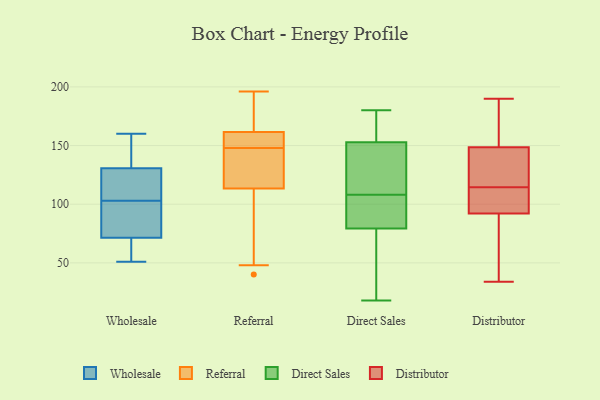
{"axis": {"x": "Waste Production (Tons)", "y": "Value"}, "legend": ["Direct Sales", "Distributor", "Referral", "Wholesale"], "data": [{"x": "", "y": 51, "type": "Wholesale"}, {"x": "", "y": 103, "type": "Wholesale"}, {"x": "", "y": 93, "type": "Wholesale"}, {"x": "", "y": 109, "type": "Wholesale"}, {"x": "", "y": 113, "type": "Wholesale"}, {"x": "", "y": 144, "type": "Wholesale"}, {"x": "", "y": 91, "type": "Wholesale"}, {"x": "", "y": 97, "type": "Wholesale"}, {"x": "", "y": 65, "type": "Wholesale"}, {"x": "", "y": 132, "type": "Wholesale"}, {"x": "", "y": 157, "type": "Wholesale"}, {"x": "", "y": 117, "type": "Wholesale"}, {"x": "", "y": 127, "type": "Wholesale"}, {"x": "", "y": 91, "type": "Wholesale"}, {"x": "", "y": 62, "type": "Wholesale"}, {"x": "", "y": 160, "type": "Wholesale"}, {"x": "", "y": 155, "type": "Wholesale"}, {"x": "", "y": 54, "type": "Wholesale"}, {"x": "", "y": 59, "type": "Wholesale"}, {"x": "", "y": 126, "type": "Referral"}, {"x": "", "y": 40, "type": "Referral"}, {"x": "", "y": 160, "type": "Referral"}, {"x": "", "y": 164, "type": "Referral"}, {"x": "", "y": 154, "type": "Referral"}, {"x": "", "y": 48, "type": "Referral"}, {"x": "", "y": 187, "type": "Referral"}, {"x": "", "y": 137, "type": "Referral"}, {"x": "", "y": 57, "type": "Referral"}, {"x": "", "y": 115, "type": "Referral"}, {"x": "", "y": 151, "type": "Referral"}, {"x": "", "y": 154, "type": "Referral"}, {"x": "", "y": 163, "type": "Referral"}, {"x": "", "y": 112, "type": "Referral"}, {"x": "", "y": 189, "type": "Referral"}, {"x": "", "y": 122, "type": "Referral"}, {"x": "", "y": 95, "type": "Referral"}, {"x": "", "y": 145, "type": "Referral"}, {"x": "", "y": 196, "type": "Referral"}, {"x": "", "y": 159, "type": "Referral"}, {"x": "", "y": 171, "type": "Direct Sales"}, {"x": "", "y": 108, "type": "Direct Sales"}, {"x": "", "y": 82, "type": "Direct Sales"}, {"x": "", "y": 89, "type": "Direct Sales"}, {"x": "", "y": 146, "type": "Direct Sales"}, {"x": "", "y": 150, "type": "Direct Sales"}, {"x": "", "y": 18, "type": "Direct Sales"}, {"x": "", "y": 180, "type": "Direct Sales"}, {"x": "", "y": 92, "type": "Direct Sales"}, {"x": "", "y": 71, "type": "Direct Sales"}, {"x": "", "y": 142, "type": "Direct Sales"}, {"x": "", "y": 19, "type": "Direct Sales"}, {"x": "", "y": 161, "type": "Direct Sales"}, {"x": "", "y": 162, "type": "Distributor"}, {"x": "", "y": 102, "type": "Distributor"}, {"x": "", "y": 190, "type": "Distributor"}, {"x": "", "y": 184, "type": "Distributor"}, {"x": "", "y": 119, "type": "Distributor"}, {"x": "", "y": 110, "type": "Distributor"}, {"x": "", "y": 34, "type": "Distributor"}, {"x": "", "y": 117, "type": "Distributor"}, {"x": "", "y": 135, "type": "Distributor"}, {"x": "", "y": 62, "type": "Distributor"}, {"x": "", "y": 112, "type": "Distributor"}, {"x": "", "y": 82, "type": "Distributor"}]}